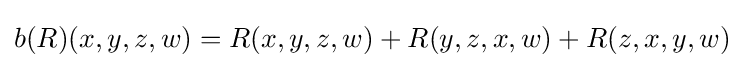
b(R)(x,y,z,w)=R(x,y,z,w)+R(y,z,x,w)+R(z,x,y,w)